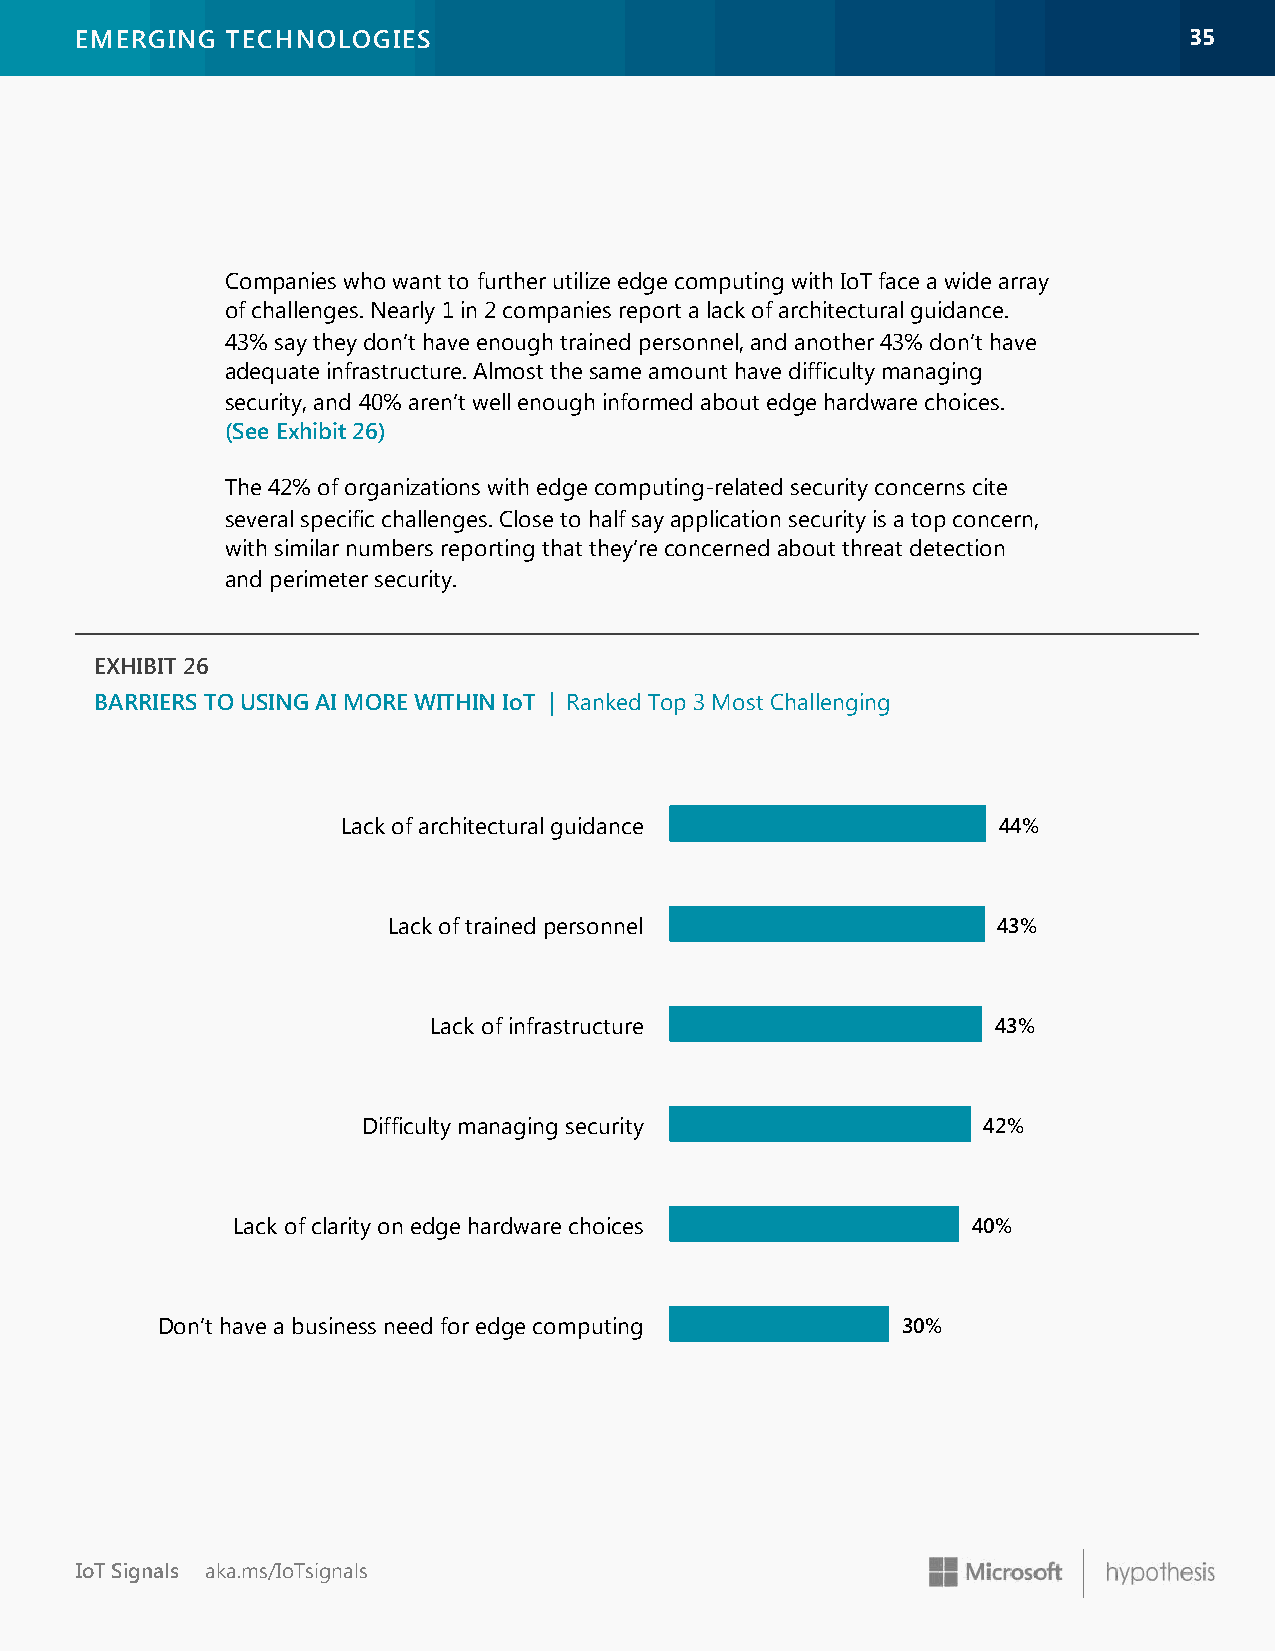
EMERGING  TECHNOLOGIES                                                    3355
 Companies who want to further utilize edge computing with IoT face a wide array
 of challenges. Nearly 1 in 2 companies report a lack of architectural guidance.
 43% say they don’t have enough trained personnel, and another 43% don’t have
 adequate infrastructure. Almost the same amount have difficulty managing
 security, and 40% aren’t well enough informed about edge hardware choices.
 (See Exhibit 26)
 The 42% of organizations with edge computing-related security concerns cite
 several specific challenges. Close to half say application security is a top concern,
 with similar numbers reporting that they’re concerned about threat detection
 and perimeter security.
 EXHIBIT 26
 BARRIERS TO USING AI MORE WITHIN IoT | Ranked Top 3 Most Challenging
 Lack of architectural guidance             44%
 Lack of trained personnel               43%
 Lack of infrastructure                43%
 Difficulty managing security             42%
 Lack of clarity on edge hardware choices         40%
 Don’t have a business need for edge computing     30%
 IoT Signals aka.ms/IoTsignals